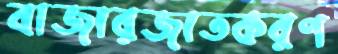
বাজারজাতকরণ